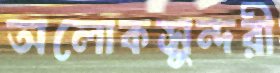
অলোকসুন্দরী